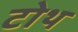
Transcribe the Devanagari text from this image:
टोथ